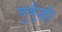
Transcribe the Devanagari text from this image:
दुर्बुद्धी